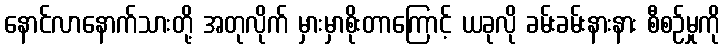
နောင်လာနောက်သားတို့ အတုလိုက် မှားမှာစိုးတာကြောင့် ယခုလို ခမ်းခမ်းနားနား စီစဉ်မှုကို